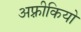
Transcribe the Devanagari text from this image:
अफ़्रीकियो